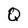
Character: Q